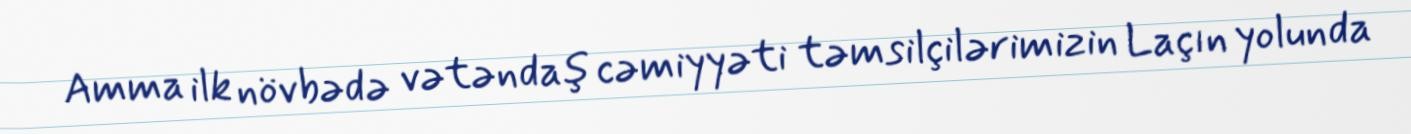
Amma ilk növbədə vətəndaş cəmiyyəti təmsilçilərimizin Laçın yolunda